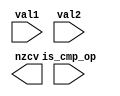
`ifndef __COMPARATOR_V__
`define __COMPARATOR_V__

module comparator(
	input [31:0] val1,
	input [31:0] val2,
	input is_cmp_op,
	output [3:0] nzcv
	);

	reg [31:0] diff;
	reg n, z, c, v; // TODO: solutions to get

	always @ (*) begin
		if (is_cmp_op) begin
			diff <= val1 - val2; // TODO
		end
	end

	assign nzcv = { n, z, c, v };

endmodule // comparator

`endif /*__COMPARATOR_V__*/